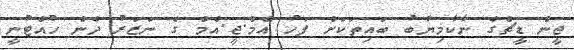
ޖީން ޑީޗްގެ ނާކާމިޔާބު ބައިތަކަށް ފަހު އެމް.ޖީ.އެމް ގެ ނަޒަރު ދެން ހުއްޓުނީ